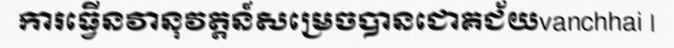
ការធ្វើនវានុវត្តន៍សម្រេចបានជោគជ័យvanchhai |